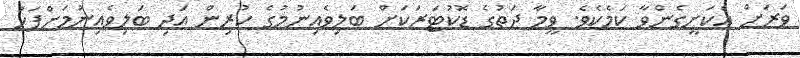
ވަރަށް އެކަށީގެންވާ ކަމެކެވެ. ވީމާ ދަތުގެ ޑޮކުޓަރަކަށް ބަލިވެއިނުމުގެ ކުރިން އަދި ބަލިވެއިނުމަށްފަހު